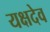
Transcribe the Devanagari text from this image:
यक्षदेव